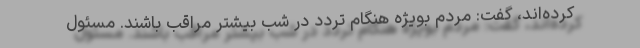
کرده‌اند، گفت: مردم بویژه هنگام تردد در شب بیشتر مراقب باشند. مسئول